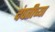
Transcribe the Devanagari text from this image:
दंपतीच्या